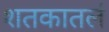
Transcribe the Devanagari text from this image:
शतकातलं